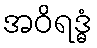
အဝိရဒ္ဓံ